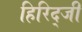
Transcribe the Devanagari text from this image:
हिरिद्जी